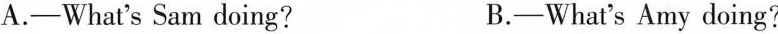
A.-What's Sam doing? B.-What's Amy doing?